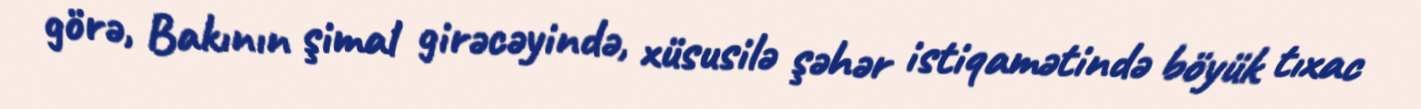
görə, Bakının şimal girəcəyində, xüsusilə şəhər istiqamətində böyük tıxac